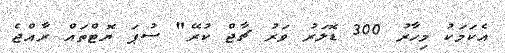
އެކަމަކު މިހާރު 300 ޑޮލަރު ވަރު ޗާޖް ކުރޭ" ސުޕަ ޔޮޓްތައް ރާއްޖެ